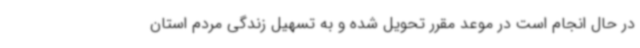
در حال انجام است در موعد مقرر تحویل شده و به تسهیل زندگی مردم استان